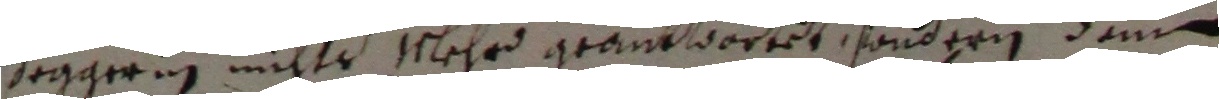
Jegger in nichts mehrd geantwortet, sondern denn